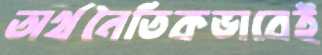
অর্থনৈতিকভাবেই